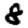
Digit: 8